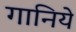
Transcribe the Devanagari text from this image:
गानिये